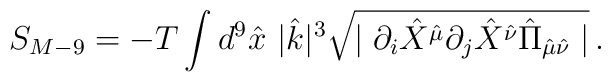
S_{M-9} =-T \int d^{9}\hat{x} \hspace{4pt} |\hat{k}|^{3} \sqrt{\mid \partial_i \hat{X}^{\hat{\mu}} \partial_j \hat{X}^{\hat{\nu}}\hat{\Pi}_{\hat{\mu}\hat{\nu}} \mid}\, .